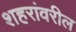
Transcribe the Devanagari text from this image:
शहरांवरील